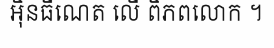
អ៊ិនធឺណេត លើ ពិភពលោក ។